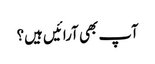
آپ بھی آرائیں ہیں؟